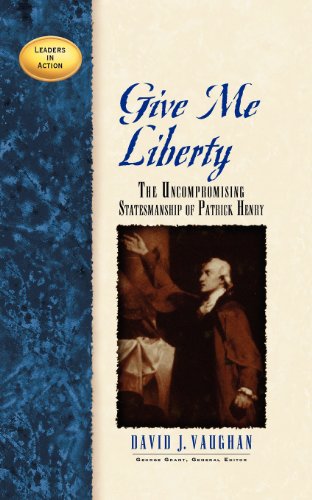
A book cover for Give Me Liberty: The Uncompronising Statesmanship of Patrick Henry (Leaders in Action); David J Vaughan; Biographies & Memoirs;